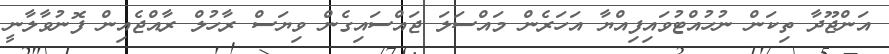
އަންޖޫދާ ތިކަން ނުހުއްޓުވައިފިއްޔާ އަހަރެން މައްސަލަ ޖައްސައިގެން ވިޔަސް ރާހުލް ރާއްޖެއިން ފޮނުވާލާނީ